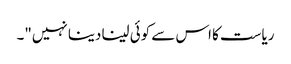
ریاست کا اس سے کوئی لینا دینا نہیں"۔